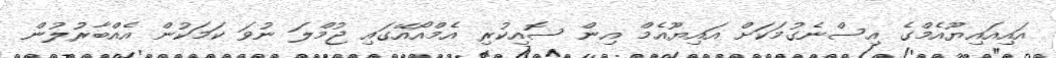
އައިއައިޔޫއެމްގެ އިސްނެގުމަކަށް އައިޔޫއެމް އިން ސޮއިކުރި އެމްއޯއޭގައި ޖުމްލަ ނުވަ ކަމަކުން އެއްބާރުލުން